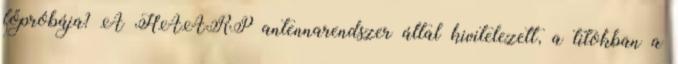
főpróbája? A HAARP antennarendszer által kivitelezett, a titokban a